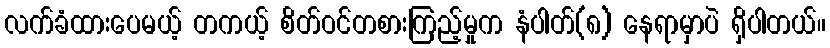
လက်ခံထားပေမယ့် တကယ့် စိတ်ဝင်တစားကြည့်မှုက နံပါတ်(၈) နေရာမှာပဲ ရှိပါတယ်။